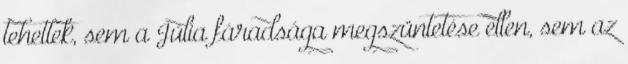
tehettek, sem a Júlia fáradsága megszüntetése ellen, sem az